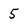
Character: 5